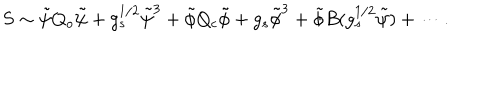
LaTeX: S \sim \tilde { \psi } Q _ { o } \tilde { \psi } + g _ { s } ^ { 1 / 2 } \tilde { \psi } ^ { 3 } + \tilde { \phi } Q _ { c } \tilde { \phi } + g _ { s } \tilde { \phi } ^ { 3 } + \tilde { \phi } B ( g _ { s } ^ { 1 / 2 } \tilde { \psi } ) + \cdots .